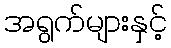
အရွက်များနှင့်